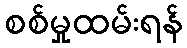
စစ်မှုထမ်းရန်